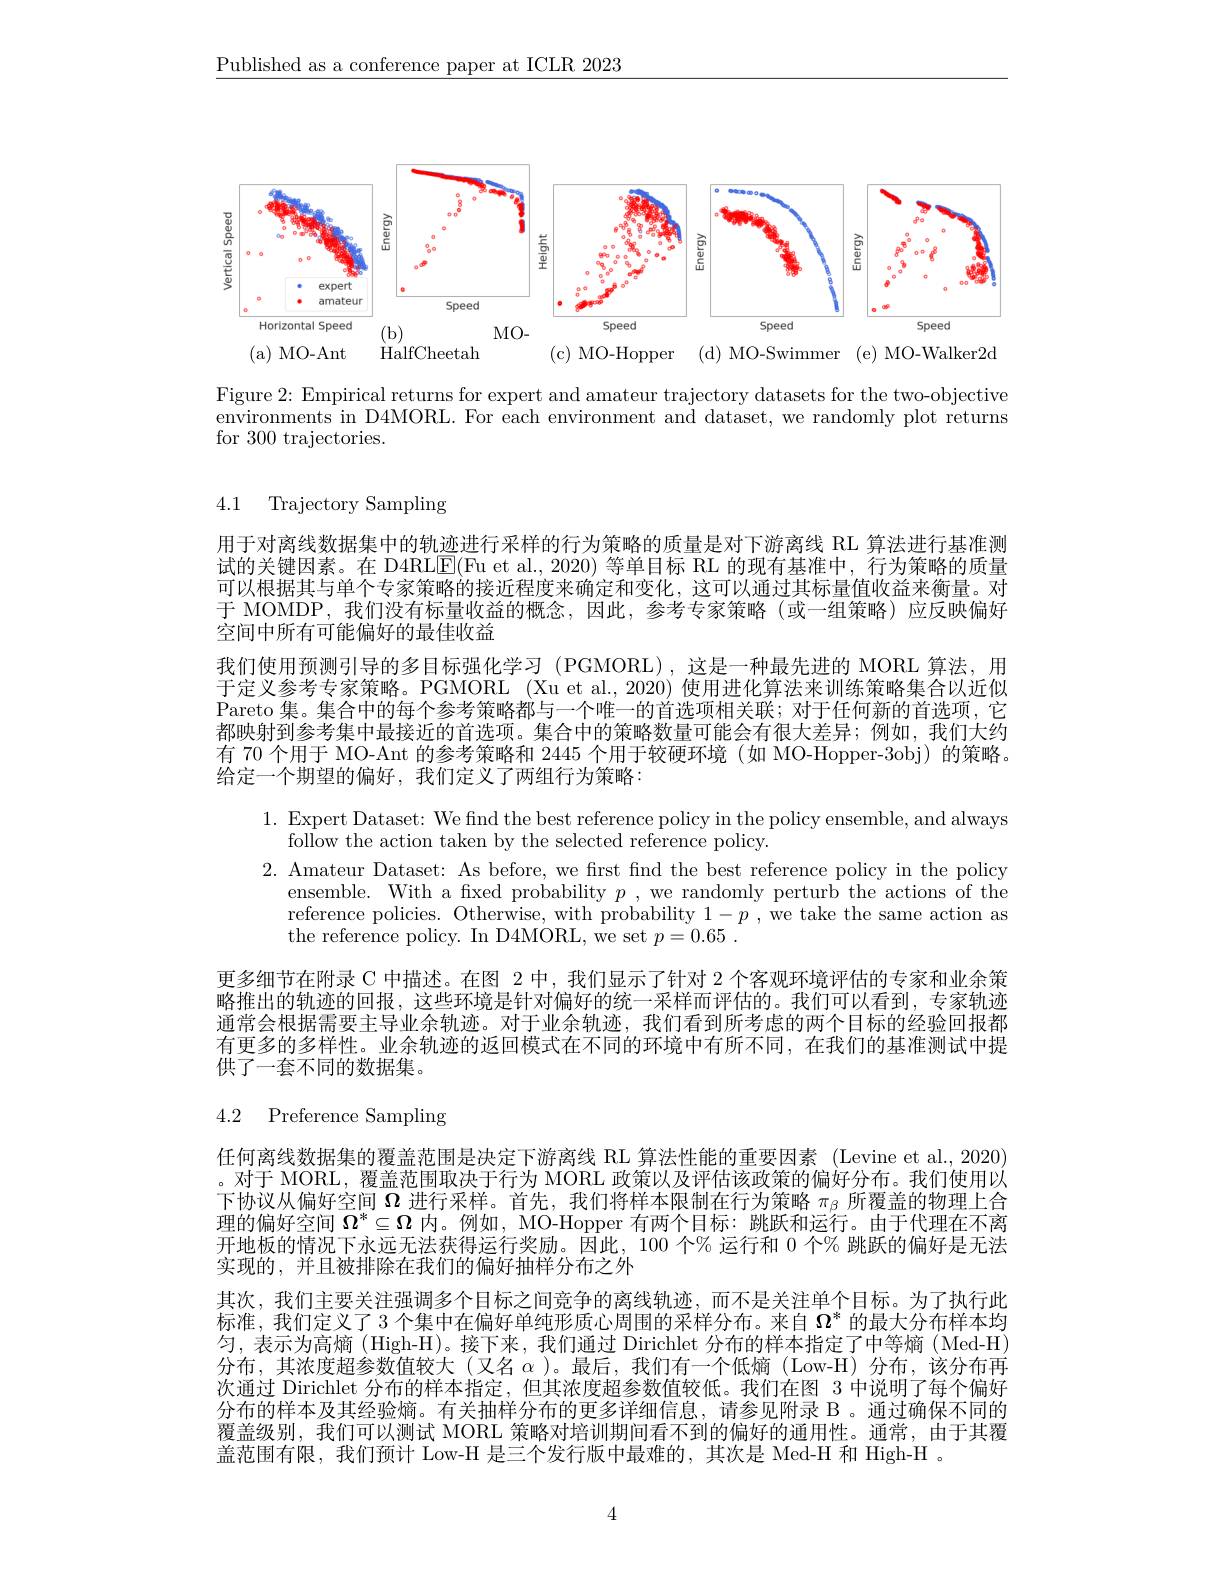
$\underline{\text{Published as a conference paper at ICLR 2023}}$

<FigureHere>

Figure 2: Empirical returns for expert and amateur trajectory datasets for the two-objective environments in D4MORL. For each environment and dataset, we randomly plot returns for 300 trajectories.

4.1 Trajectory Sampling

用于对离线数据集中的轨迹进行采样的行为策略的质量是对下游离线 RL 算法进行基准测试的关键因素。在 D4RLE(Fu et al., 2020) 等单目标 RL 的现有基准中，行为策略的质量可以根据其与单个专家策略的接近程度来确定和变化，这可以通过其标量值收益来衡量。对于 MOMDP,我们没有标量收益的概念，因此，参考专家策略(或一组策略)应反映偏好空间中所有可能偏好的最佳收益
我们使用预测引导的多目标强化学习 (PGMORL),这是一种最先进的 MORL 算法，用于定义参考专家策略。PGMORL (Xu et al., 2020) 使用进化算法来训练策略集合以近似Pareto 集。集合中的每个参考策略都与一个唯一的首选项相关联；对于任何新的首选项，它都映射到参考集中最接近的首选项。集合中的策略数量可能会有很大差异；例如，我们大约有 70 个用于 MO-Ant 的参考策略和 2445 个用于较硬环境 (如 MO-Hopper-3obj) 的策略。给定一个期望的偏好，我们定义了两组行为策略：
1. Expert Dataset: We find the best reference policy in the policy ensemble, and always
follow the action taken by the selected reference policy.
2. Amateur Dataset: As before, we first find the best reference policy in the policy
ensemble. With a fixed probability $p$, we randomly perturb the actions of the reference policies. Otherwise, with probability $1- p$ , we take the same action as the reference policy. In D4MORL, we set $p= 0. 65$ .
更多细节在附录 C 中描述。在图 2 中，我们显示了针对 2 个客观环境评估的专家和业余策略推出的轨迹的回报，这些环境是针对偏好的统一采样而评估的。我们可以看到，专家轨迹通常会根据需要主导业余轨迹。对于业余轨迹，我们看到所考虑的两个目标的经验回报都有更多的多样性。业余轨迹的返回模式在不同的环境中有所不同，在我们的基准测试中提供了一套不同的数据集。
4.2 Preference Sampling
任何离线数据集的覆盖范围是决定下游离线 RL 算法性能的重要因素 (Levine et al.,2020) 。对于 MORL, 覆盖范围取决于行为 MORL 政策以及评估该政策的偏好分布。我们使用以下协议从偏好空间$\Omega$进行采样。首先，我们将样本限制在行为策略$\pi_{\beta}$所覆盖的物理上合理的偏好空间$\Omega^*\subseteq\Omega$内。例如，MO-Hopper 有两个目标：跳跃和运行。由于代理在不离开地板的情况下永远无法获得运行奖励。因此，100 个% 运行和 0 个% 跳跃的偏好是无法实现的，并且被排除在我们的偏好抽样分布之外
其次，我们主要关注强调多个目标之间竞争的离线轨迹，而不是关注单个目标。为了执行此标准，我们定义了 3 个集中在偏好单纯形质心周围的采样分布。来自$\Omega^*$的最大分布样本均匀，表示为高熵(High-H)。接下来，我们通过 Dirichlet 分布的样本指定了中等熵(Med-H) 分布，其浓度超参数值较大 (又名$\alpha$ )。最后，我们有一个低熵 (Low-H)分布，该分布再次通过 Dirichlet 分布的样本指定，但其浓度超参数值较低。我们在图 3 中说明了每个偏好分布的样本及其经验熵。有关抽样分布的更多详细信息，请参见附录 B 。通过确保不同的覆盖级别，我们可以测试 MORL 策略对培训期间看不到的偏好的通用性。通常，由于其覆盖范围有限，我们预计 Low-H 是三个发行版中最难的，其次是 Med-H 和 High-H 。

4